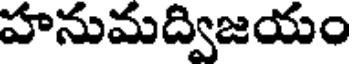
హనుమద్విజయం